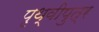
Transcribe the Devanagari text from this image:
पृथ्वीपुत्र